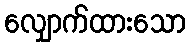
လျှောက်ထားသော